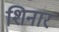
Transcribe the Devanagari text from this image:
शिनार